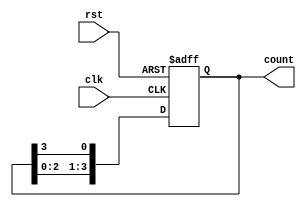
module ring_counter (
    input wire clk,          // Clock input
    input wire rst,          // Reset input
    output reg [3:0] count   // 4-bit output representing the state of the counter
);

    // Initialize the counter to 1000 (1 in the first position)
    always @(posedge clk or posedge rst) begin
        if (rst) begin
            count <= 4'b1000; // Reset to initial state
        end else begin
            // Shift the '1' to the next flip-flop
            count <= {count[2:0], count[3]}; // Shift left and wrap around
        end
    end

endmodule